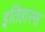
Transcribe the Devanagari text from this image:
इतिहास्स